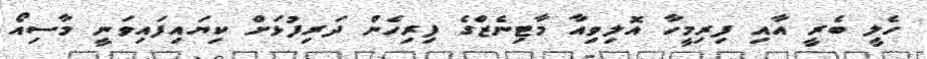
ހެލީ ބެރީ އާއި ފިރިމީހާ އޮލިވިއާ މާޓިނެޒްގެ ފިރިހެން ދަރިފުޅަށް ކިޔައިފައިވަނީ މާސިއޯ